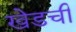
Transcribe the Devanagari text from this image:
खेडची